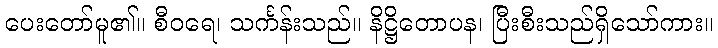
ပေးတော်မူ၏။ စီဝရေ၊ သင်္ကန်းသည်။ နိဋ္ဌိတောပန၊ ပြီးစီးသည်ရှိသော်ကား။